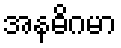
အနဓိဂမာ